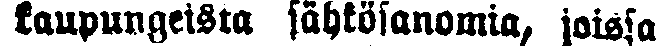
kaupungeista sähkösanomia, joissa